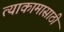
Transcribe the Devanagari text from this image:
त्याकामासाठी